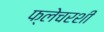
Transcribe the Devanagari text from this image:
फ्लेचरशी